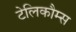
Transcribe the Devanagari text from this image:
टेलिकौम्स